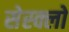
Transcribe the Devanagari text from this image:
सेस्क्लो